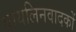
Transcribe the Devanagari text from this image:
वायलिनवादकों